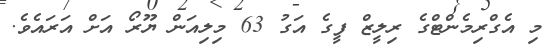
މި އެގްރިމެންޓްގެ ރިލީޒް ފީގެ އަގު 63 މިލިއަން ޔޫރޯ އަށް އަރައެވެ.